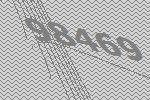
98469